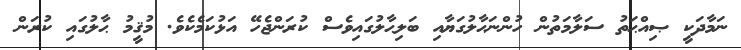
ނަމާދަކީ ޞިއްޙަތު ސަލާމަތުން ހުންނަޙާލުގަޔާއި ބަލިޙާލުގައިވެސް ކުރަންޖެހޭ އަޅުކަމެކެވެ. މުޤީމު ޙާލުގައި ކުރަން